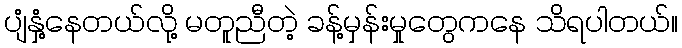
ပျံနှံ့နေတယ်လို့ မတူညီတဲ့ ခန့်မှန်းမှုတွေကနေ သိရပါတယ်။